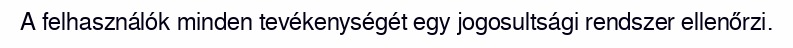
A felhasználók minden tevékenységét egy jogosultsági rendszer ellenőrzi.